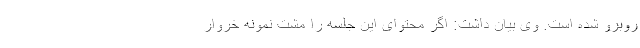
روبرو شده است. وی بیان داشت: اگر محتوای این جلسه را مشتِ نمونه خروار